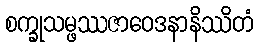
စက္ခုသမ္ဖဿဇာဝေဒနာနိဿိတံ